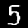
Digit: 5